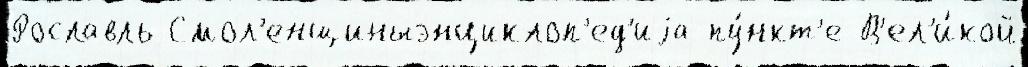
Рославль Смол'енщиныэнциклоп'ед'иjа пу́нкт'е В'ел'и́кой